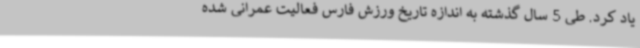
یاد کرد. طی 5 سال گذشته به اندازه تاریخ ورزش فارس فعالیت عمرانی شده